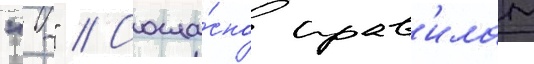
"-" // Согла́сно прав'илам